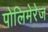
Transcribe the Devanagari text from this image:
पोलिमेरेज